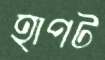
হাপট